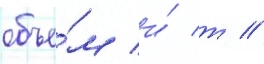
объе́м и́ т //